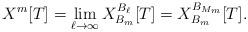
LaTeX: \begin{align*}X^{m}[T] = \lim_{\ell \to \infty} X^{B_{\ell}}_{B_m}[T] = X^{B_{M_m}}_{B_m}[T]. \end{align*}